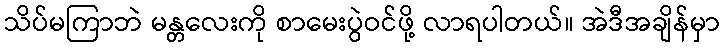
သိပ်မကြာဘဲ မန္တလေးကို စာမေးပွဲဝင်ဖို့ လာရပါတယ်။ အဲဒီအချိန်မှာ